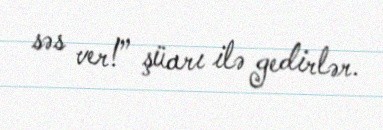
səs ver!” şüarı ilə gedirlər.